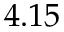
4 . 1 5